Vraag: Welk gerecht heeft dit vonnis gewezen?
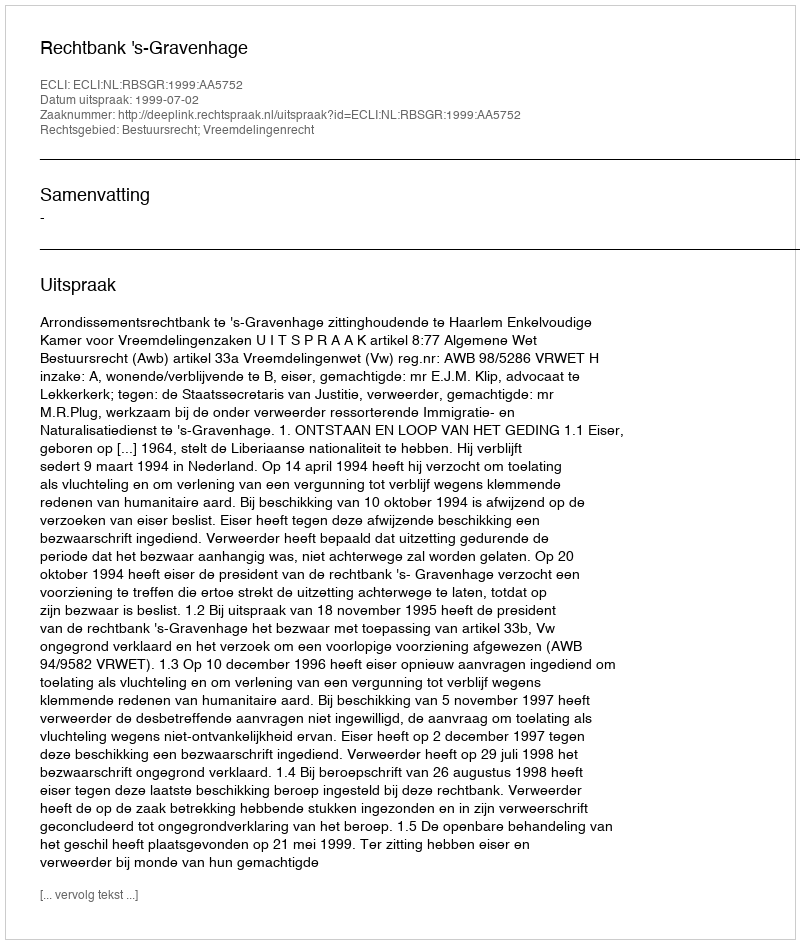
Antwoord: Rechtbank 's-Gravenhage